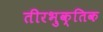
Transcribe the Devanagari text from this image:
तीरभुक्‍तिक